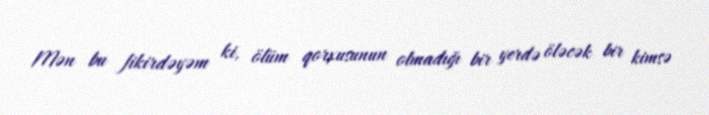
Mən bu fikirdəyəm ki, ölüm qorxusunun olmadığı bir yerdə öləcək bir kimsə